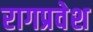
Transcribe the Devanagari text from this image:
रागप्रवेश